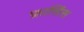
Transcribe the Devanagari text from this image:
फ्रासिंस